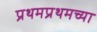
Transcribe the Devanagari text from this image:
प्रथमप्रथमच्या